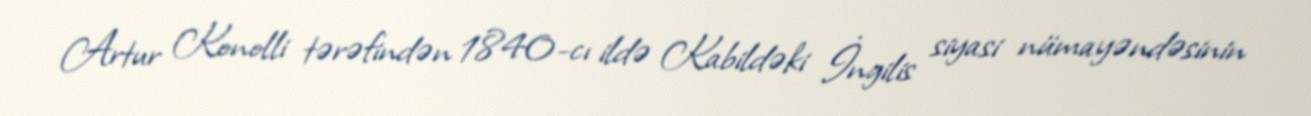
Artur Konolli tərəfindən 1840-cı ildə Kabildəki İngilis siyasi nümayəndəsinin